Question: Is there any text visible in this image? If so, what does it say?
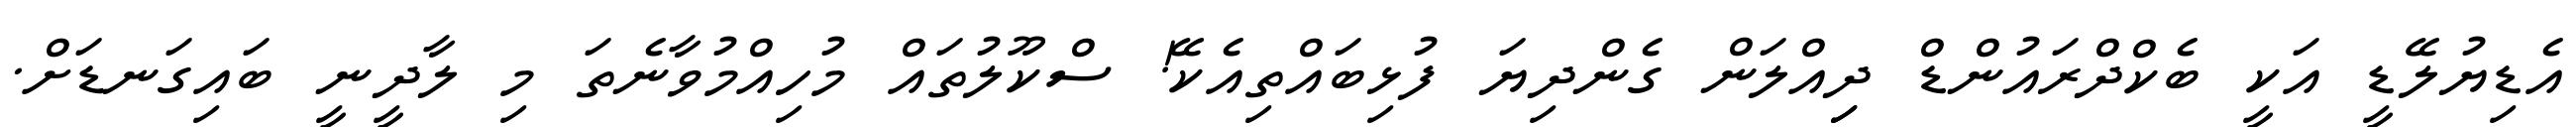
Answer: އެޑިޔުލޭޑީ އަކީ ބެކްދްރައުންޑް ދިިއްލަން ގެންދިޔަ ފުޅިބައްތިއެކޭ! ސްކޫލުތައް މުހިއްމުވާނެތަ މި ލާދީނީ ބައިގަނޑަށް.